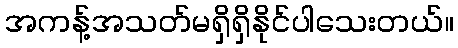
အကန့်အသတ်မရှိရှိနိုင်ပါသေးတယ်။